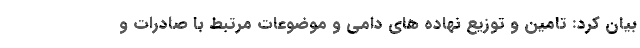
بیان کرد: تامین و توزیع نهاده های دامی و موضوعات مرتبط با صادرات و